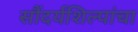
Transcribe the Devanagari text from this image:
सौंदर्यशिल्पांचा